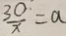
\frac { 3 0 } { x } = a